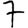
Digit: 7